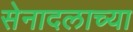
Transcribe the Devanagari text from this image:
सेनादलाच्या